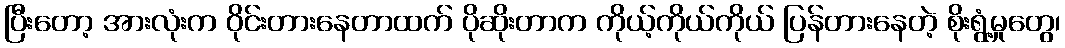
ပြီးတော့ အားလုံးက ဝိုင်းတားနေတာထက် ပိုဆိုးတာက ကိုယ့်ကိုယ်ကိုယ် ပြန်တားနေတဲ့ စိုးရွံ့မှုတွေ၊